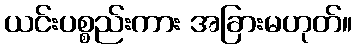
ယင်းပစ္စည်းကား အခြားမဟုတ်။